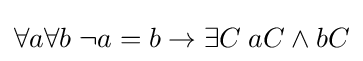
\forall a\forall b\;\lnot a=b\rightarrow \exists C\;aC\land bC